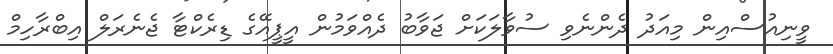
ވީނިއުސްއިން މިއަދު ދެންނެވި ސުވާލަކަށް ޖަވާބު ދެއްވަމުން އީޕީއޭގެ ޑިރެކްޓާ ޖެނެރަލް އިބްރާހިމް